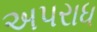
અપરાધ